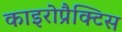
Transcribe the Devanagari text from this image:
काइरोप्रैक्टिस